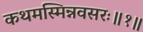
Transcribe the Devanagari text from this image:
कथमस्मिन्नवसरः॥१॥